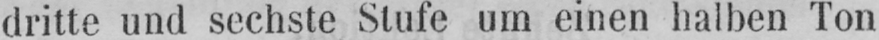
dritte und sechste Stufe um einen halben Ton